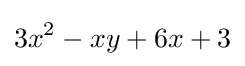
3x^{2}-xy+6x+3